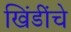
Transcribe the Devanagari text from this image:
खिंडींचे